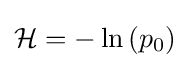
{\mathcal {H}}=-\ln \left(p_{0}\right)